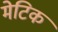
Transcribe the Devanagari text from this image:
मेटिक